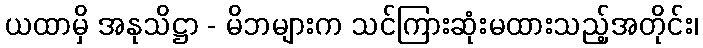
ယထာမှိ အနုသိဋ္ဌာ - မိဘများက သင်ကြားဆုံးမထားသည့်အတိုင်း၊